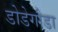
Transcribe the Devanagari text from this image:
डोडेगौडा